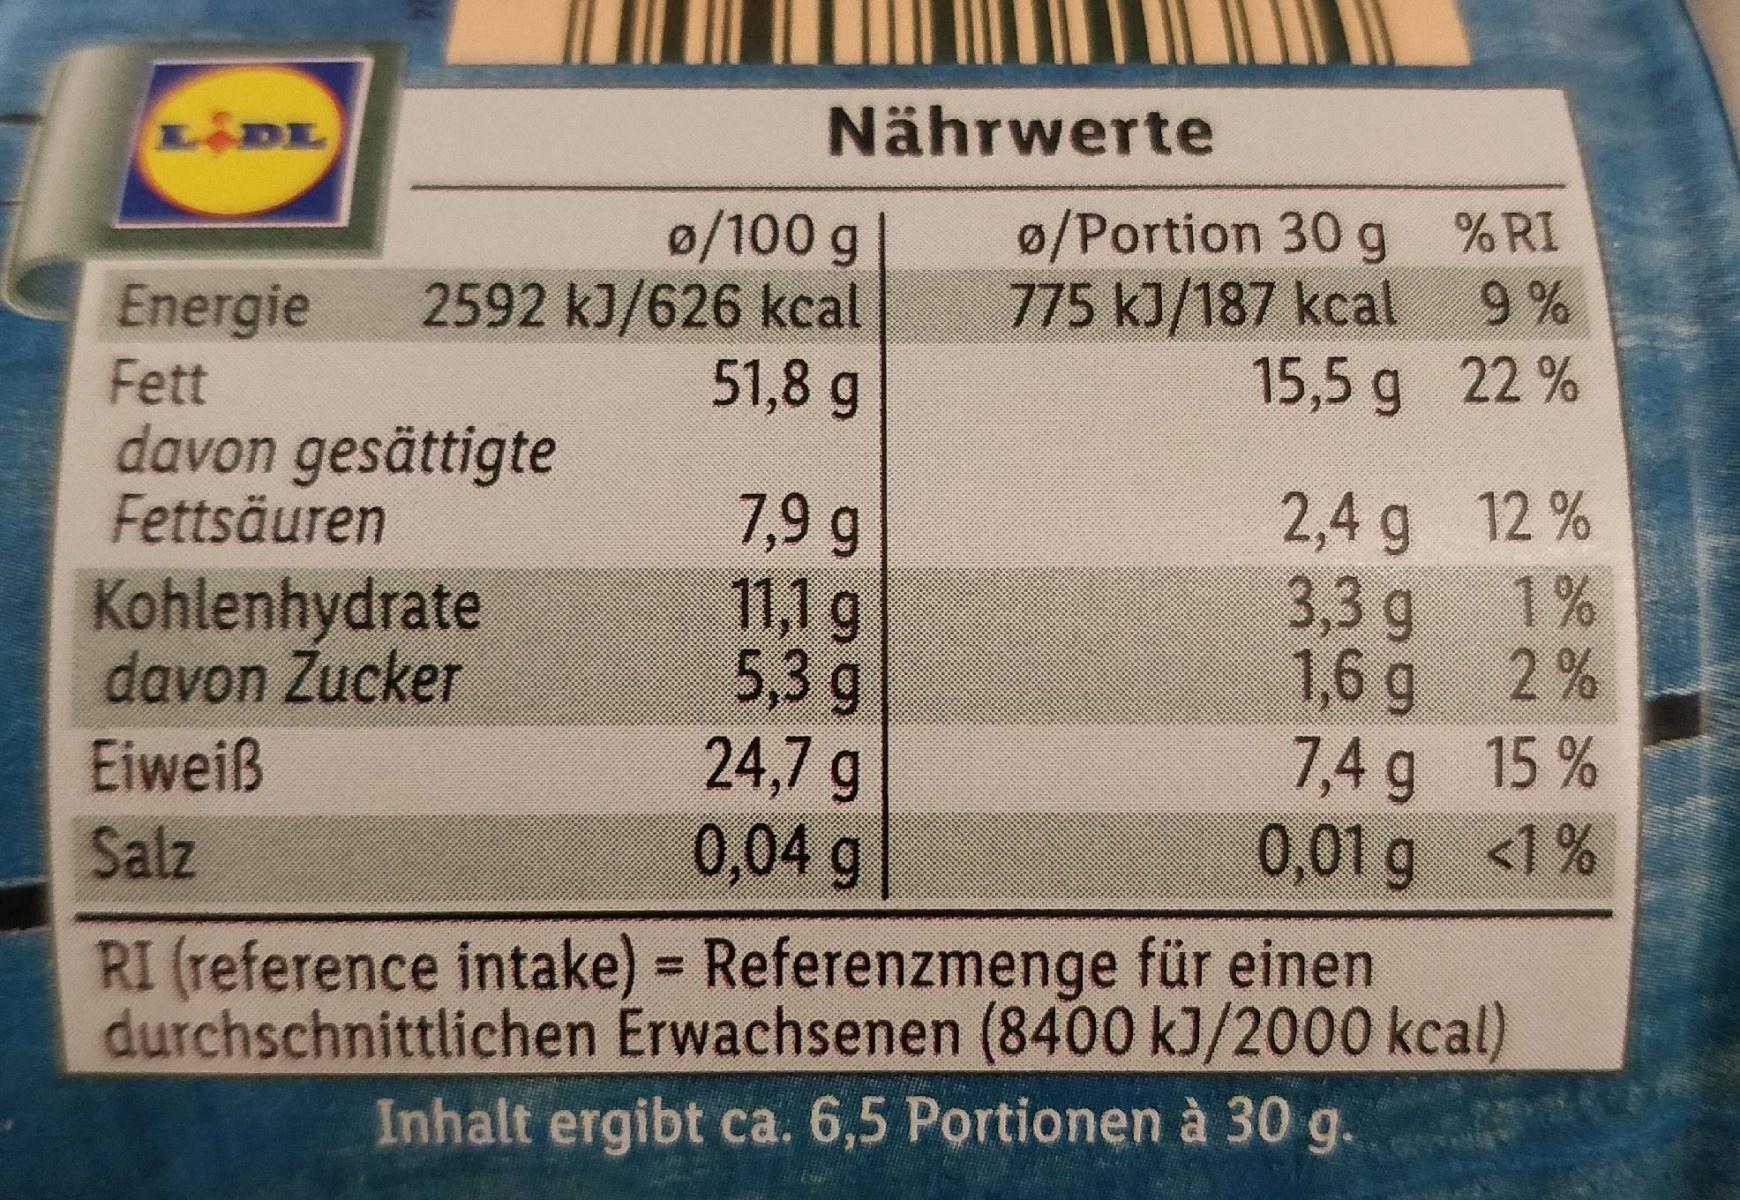
Nährwerte
0/100 g 2592 kJ/626 kcal 51,8 g
0/Portion 30 g 775 kJ/187 kcal 9 % 15,5 g 22 %
%RI
Energie Fett davon gesättigte Fettsäuren
2,4 g 12 % 1%
7,9 g 11,1g 5,3 g 24,7 g 0,04 g
Kohlenhydrate davon Zucker
3,3 g 1,6 g 2 % 7,4g 15 % 0,01 g <1%
Eiweiß
Salz
RI (reference intake) = Referenzmenge für einen
%3D
durchschnittlichen Erwachsenen (8400 kJ/2000 kcal)
Inhalt ergibt ca. 6,5 Portionen à 30 g.